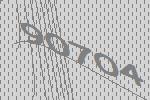
90704